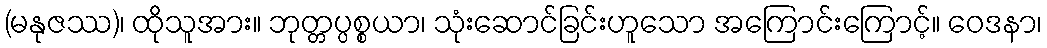
(မနုဇဿ)၊ ထိုသူအား။ ဘုတ္တပ္ပစ္စယာ၊ သုံးဆောင်ခြင်းဟူသော အကြောင်းကြောင့်။ ဝေဒနာ၊